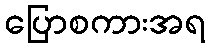
ပြောစကားအရ